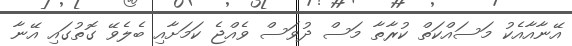
އޭނާއާއެކު މަސައްކަތް ކުރާތާ މަސް ދުވަސް ވެއްޖެ ކަމަށާއި ބެލެވޭ ގޮތުގައި އޭނާ